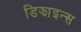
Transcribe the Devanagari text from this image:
डिझाइन्स